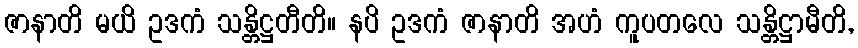
ဇာနာတိ မယိ ဥဒကံ သန္တိဋ္ဌတီတိ။ နပိ ဥဒကံ ဇာနာတိ အဟံ ကူပတလေ သန္တိဋ္ဌာမီတိ,